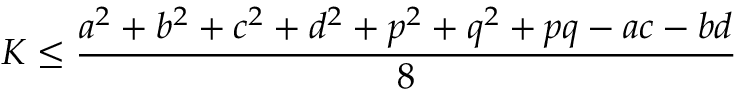
K \leq { \frac { a ^ { 2 } + b ^ { 2 } + c ^ { 2 } + d ^ { 2 } + p ^ { 2 } + q ^ { 2 } + p q - a c - b d } { 8 } }